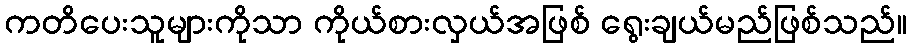
ကတိပေးသူများကိုသာ ကိုယ်စားလှယ်အဖြစ် ရွေးချယ်မည်ဖြစ်သည်။